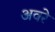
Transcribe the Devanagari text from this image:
अवरे